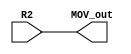
module MOV_1_bit(MOV_out, R2);

input R2;
output MOV_out;

and AND1 (MOV_out, R2, 1'b1);

endmodule